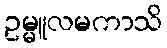
ဥမ္မူလမကာသိ